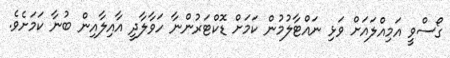
ގޯސްވީ އަމިއްލައަށް ވަޅި ނައްޓާލުމުން ކަމަށް ޑޮކްޓަރުންނާ ހަވާލާދީ އާއިލާއިން ބުނާ ކަމަށެވެ.